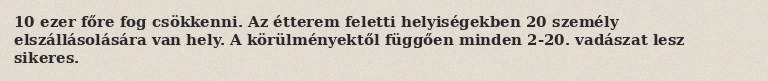
10 ezer főre fog csökkenni. Az étterem feletti helyiségekben 20 személy elszállásolására van hely. A körülményektől függően minden 2-20. vadászat lesz sikeres.